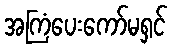
အကြံပေးကော်မရှင်